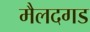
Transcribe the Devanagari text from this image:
मैलदगड